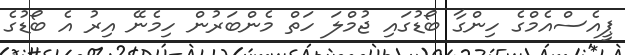
ޕީއެސްއެމްގެ ހިންގާ ބޯޑުގައި ޖުމްލަ ހަތް މެންބަރުން ހިމެނޭ އިރު އެ ބޯޑުގެ